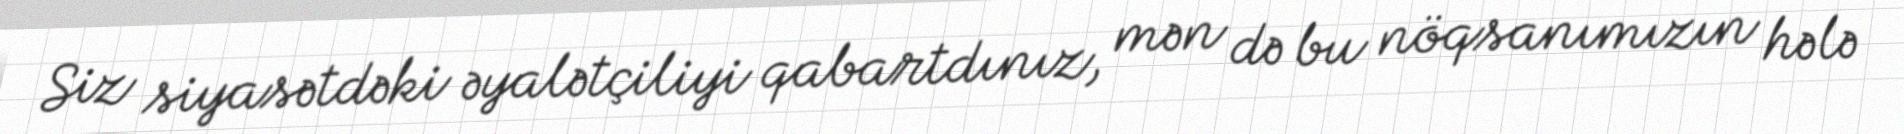
Siz siyasətdəki əyalətçiliyi qabartdınız, mən də bu nöqsanımızın hələ